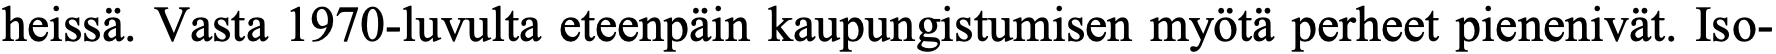
heissä. Vasta 1970-luvulta eteenpäin kaupungistumisen myötä perheet pienenivät. Iso-